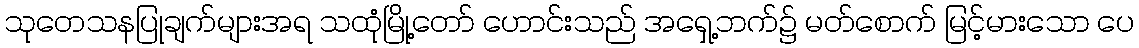
သုတေသနပြုချက်များအရ သထုံမြို့တော် ဟောင်းသည် အရှေ့ဘက်၌ မတ်စောက် မြင့်မားသော ပေ